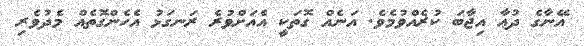
އޭނާގެ ދުޢާ އިޖާބަ ކުރެއްވުމެވެ. އަނެއް ގޮތަކީ އެއަށްވުރެ ރަނގަޅު އެހެންގޮތެއް މެދުވެރި